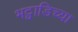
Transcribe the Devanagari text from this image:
भट्वाडिच्या